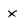
Character: x